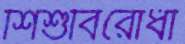
শিশুবিরোধী